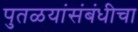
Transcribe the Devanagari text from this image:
पुतळयांसंबंधीचा